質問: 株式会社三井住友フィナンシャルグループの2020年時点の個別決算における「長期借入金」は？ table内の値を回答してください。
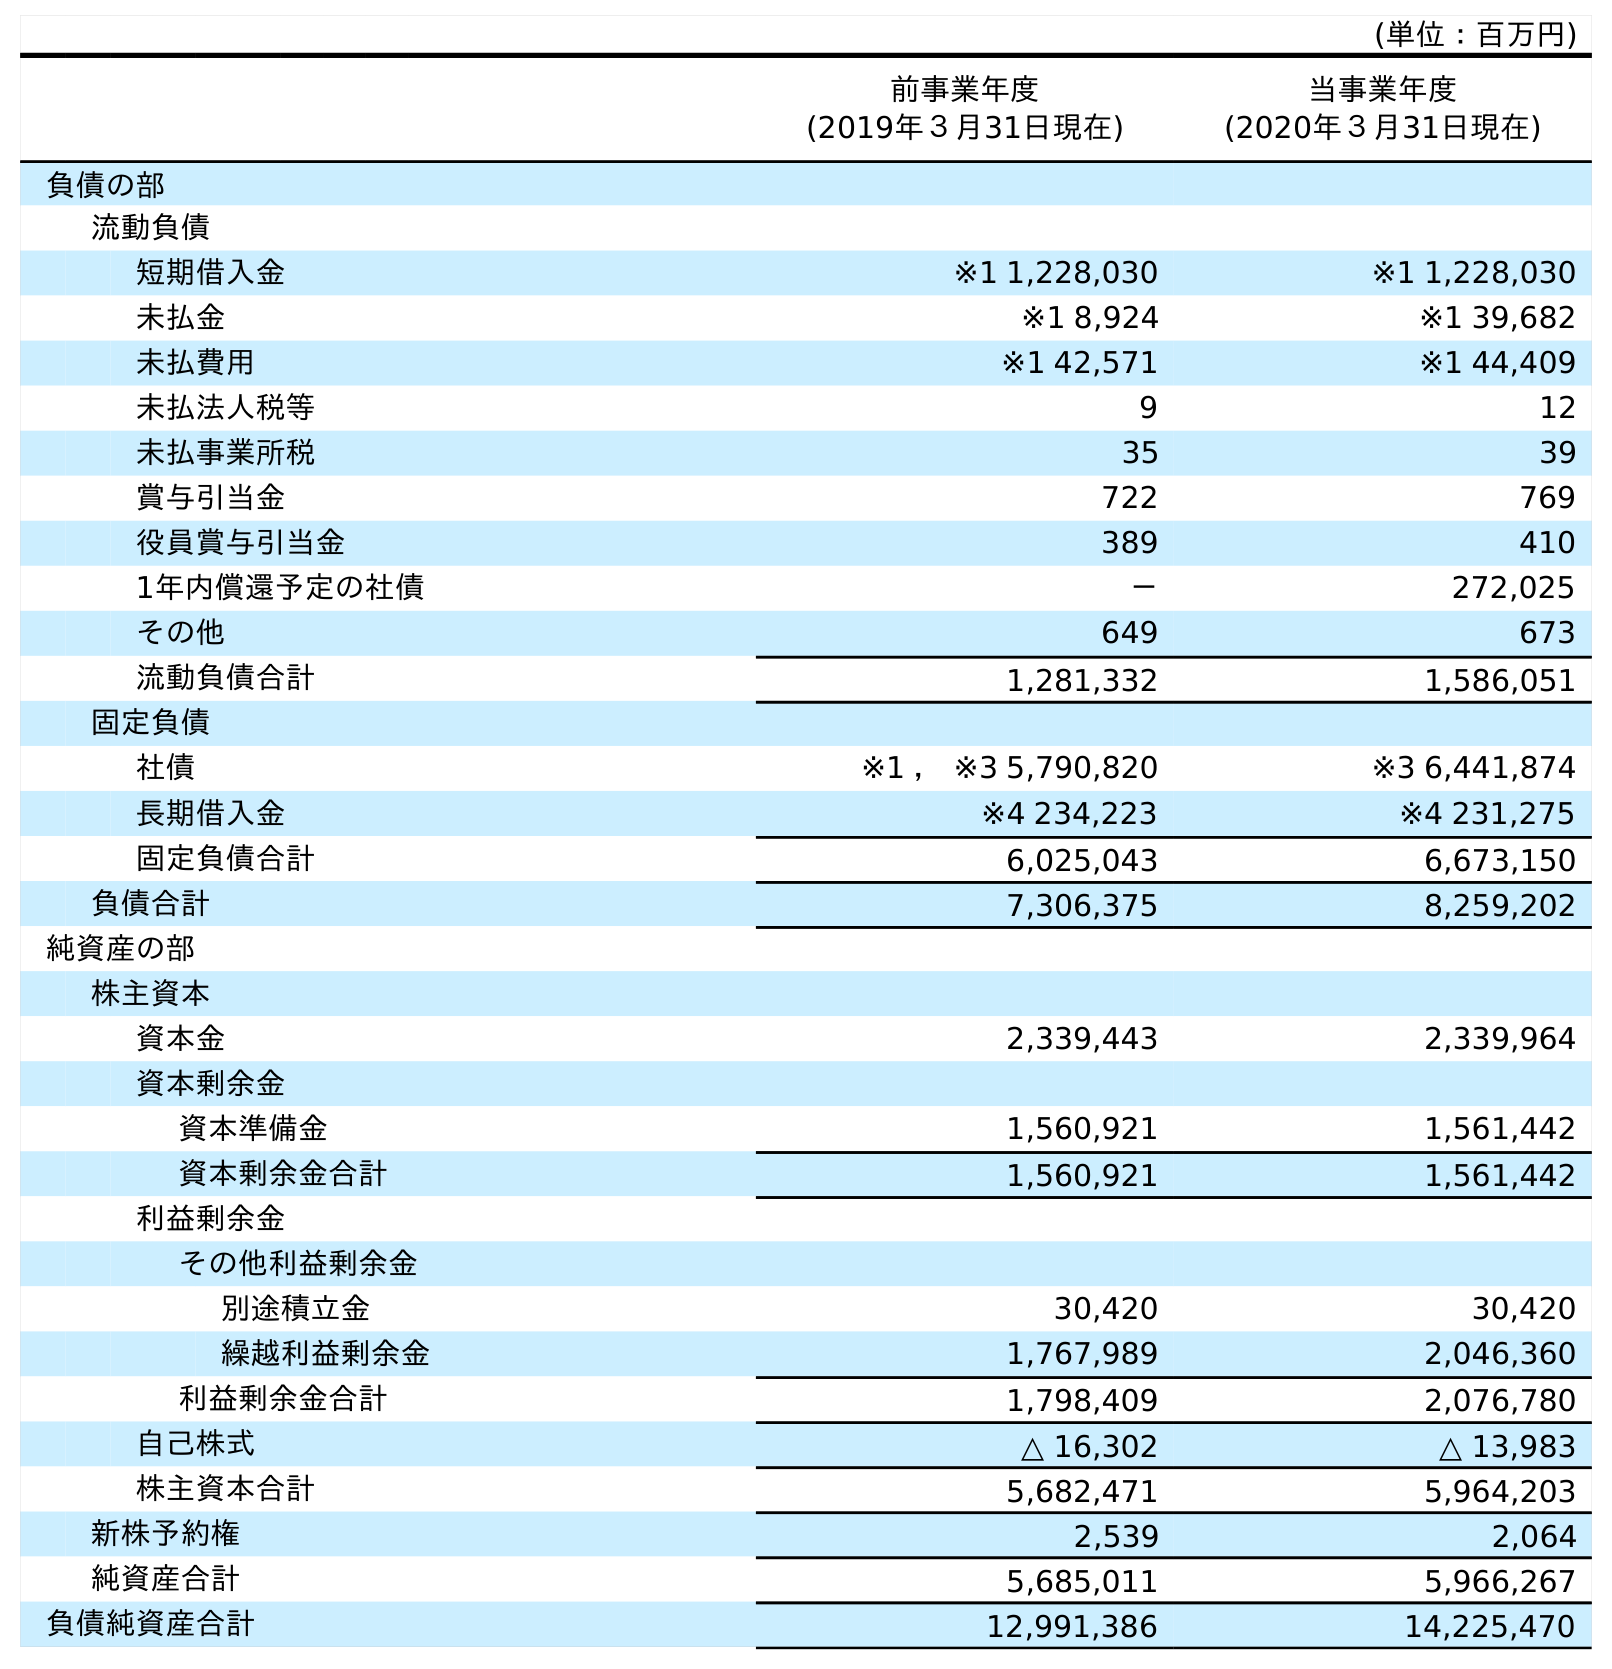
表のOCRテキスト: (単位：百万円) 前事業年度 (2019年３月31日現在) 当事業年度 (2020年３月31日現在) 負債の部 流動負債 短期借入金 ※1 1,228,030 ※1 1,228,030 未払金 ※1 8,924 ※1 39,682 未払費用 ※1 42,571 ※1 44,409 未払法人税等 9 12 未払事業所税 35 39 賞与引当金 722 769 役員賞与引当金 389 410 1年内償還予定の社債 － 272,025 その他 649 673 流動負債合計 1,281,332 1,586,051 固定負債 社債 ※1 ， ※3 5,790,820 ※3 6,441,874 長期借入金 ※4 234,223 ※4 231,275 固定負債合計 6,025,043 6,673,150 負債合計 7,306,375 8,259,202 純資産の部 株主資本 資本金 2,339,443 2,339,964 資本剰余金 資本準備金 1,560,921 1,561,442 資本剰余金合計 1,560,921 1,561,442 利益剰余金 その他利益剰余金 別途積立金 30,420 30,420 繰越利益剰余金 1,767,989 2,046,360 利益剰余金合計 1,798,409 2,076,780 自己株式 △ 16,302 △ 13,983 株主資本合計 5,682,471 5,964,203 新株予約権 2,539 2,064 純資産合計 5,685,011 5,966,267 負債純資産合計 12,991,386 14,225,470
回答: ※4231,275